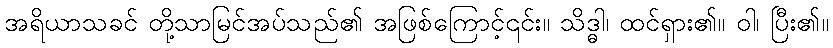
အရိယာသခင် တို့သာမြင်အပ်သည်၏ အဖြစ်ကြောင့်၎င်း။ သိဒ္ဓါ၊ ထင်ရှား၏။ ဝါ၊ ပြီး၏။